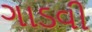
ગાડવી